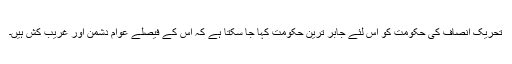
تحریک انصاف کی حکومت کو اس لئے جابر ترین حکومت کہا جا سکتا ہے کہ اس کے فیصلے عوام دشمن اور غریب کش ہیں۔